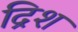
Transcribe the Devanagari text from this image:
द्रिश